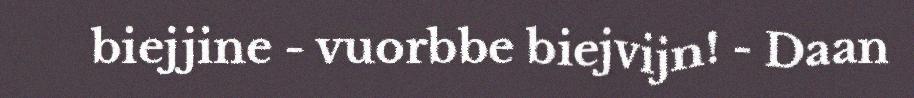
biejjine - vuorbbe biejvijn! - Daan